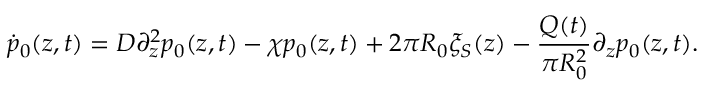
\dot { p } _ { 0 } ( z , t ) = D \partial _ { z } ^ { 2 } p _ { 0 } ( z , t ) - \chi p _ { 0 } ( z , t ) + 2 \pi R _ { 0 } \xi _ { S } ( z ) - \frac { Q ( t ) } { \pi R _ { 0 } ^ { 2 } } \partial _ { z } p _ { 0 } ( z , t ) .